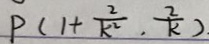
P ( 1 + \frac { 2 } { k ^ { 2 } } , \frac { 2 } { k } )